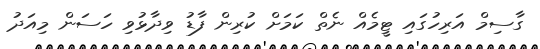
ގާސިމް އަރިހުގައި ޓީމެއް ނެތް ކަމަށް ކުރިން ފާޑު ވިދާޅުވި ހަސަން މިއަދު